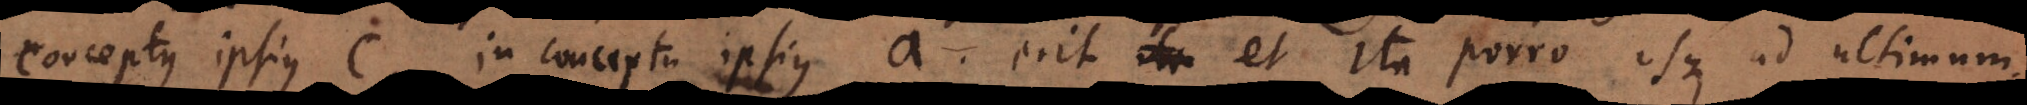
conceptus ipsius c, in conceptu ipsius a erit et ita porro usque ad ultimum.